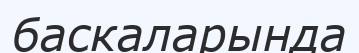
баскаларында